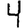
Digit: 4